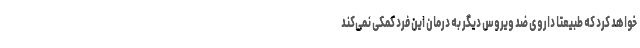
خواهد کرد که طبیعتا داروی ضد ویروس دیگر به درمان این فرد کمکی نمی‌کند